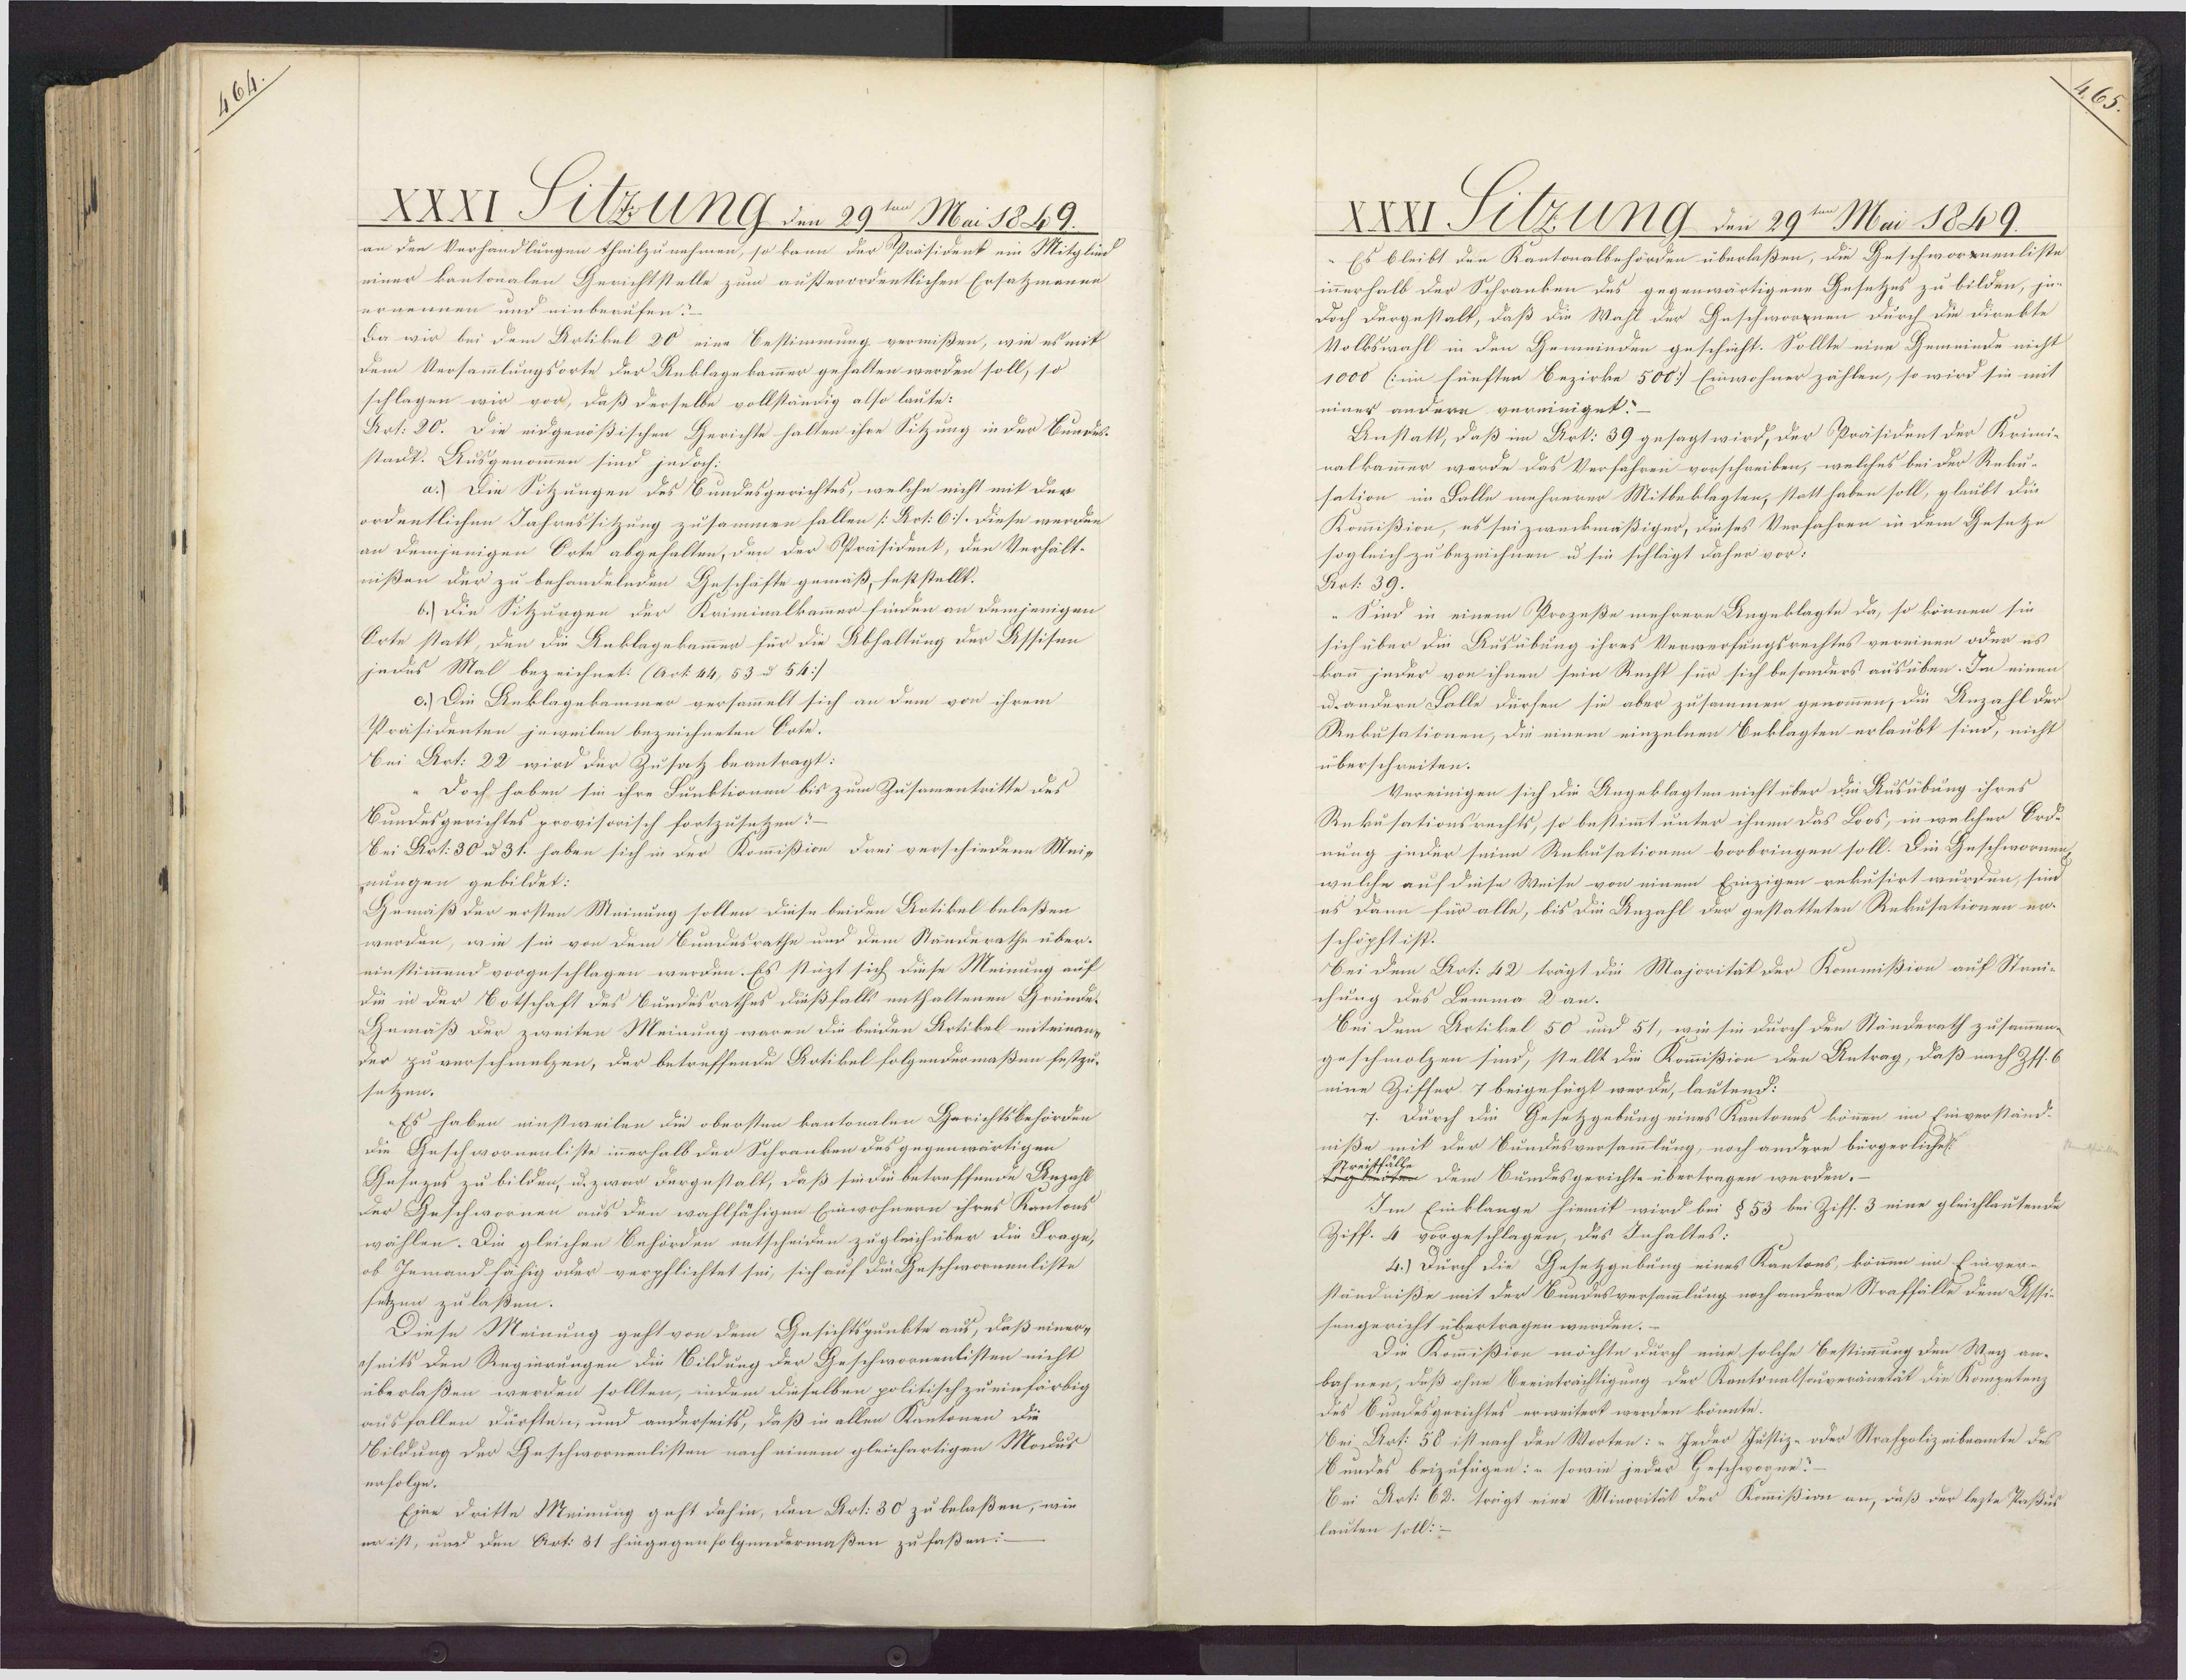
XXXI Silzung den 29ten Mai 1859.
an den Verhandlungen theilzunehmen, so kann der Präsidenk ein Mitglied
einer kantonalen Gerichtstelle zum außerordentlichen Ersatzmanne
ernennen und einberufen:
Da wir bei dem Artikel 20 eine Bestimmung verwißen, wie es mit
Dem Versammlungsorte der Anklagekammer gehalten werden soll, so
schlagen wir vor, daß derselbe vollständig also laute:
Art. 20. Die eidgenößischen Gerichte halten ihre Sitzung in der Bundes¬
stadt. Ausgenommen sind jedoch-
a.) Die Sitzungen des Bundesgerichtes, welche nicht mit der
ordentlichen Jahressitzung zusammen fallen [:Aot: 6:/. Diese werden
an demjenigen Orte abgehalten, den der Präsident, den Verhält¬
nißen der zu behandelnden Geschäfte gemäß, feststellt.
b.) Die Sitzungen der Kriminalkammer finden an demjenigen
Orte statt, den die Anklagekammer für die Abhaltung der Assisen
jedes Mal bezeichnet: (Art. 44, 53 u 54:/
c.) Die Anklagekammer versammelt sich an dem von ihrem
Präsidenten jeweilen bezeichneten Sote.
Bei Art: 22 wird der Zusatz beantragt:
Doch haben sie ihre Funktionen bis zum Zusamentritte dus
Bundesgerichtes provisorisch fortzusetzen:
Bei Art. 30 u 31. haben sich in der Kommißion drei verschiedene Meis
nungen gebildet:
Gemäß der ersten Meinung sollen diese beiden Artikel belaßen
werden, wie sie von dem Bundesrathe und dem Standerathe über¬
einstimmend vorgeschlagen werden. Es stüzt sich diese Meinung auf
Die in der Botschaft des Bundesrathes dießfalls enthaltenen Gründe¬
Gemäß der zweiten Meinung waren die beiden Artikel miteinan
der zuverschmelzen, der betreffende Rotikel folgendermaßen festzu¬
setzen.
Es haben einstweilen die obersten kantonalen Gerichtsbehörden
Die Geschwornenliste innerhalb der Schranken des gegenwärtigen
Gesazes zu bilden, u. zwar dargestalt, daß sie die betreffende Anzahl
der Geschwornen aus den wahlfähigen Einwohnern ihres Kantons
wählen. Die gleichen Behörden entscheiden zugleichüber die Frage,
ob Jnmand fähig oder verpflichtet sei, sich auf die Geschwornenliste
setzen zu laßen.
Diese Meinung geht von dem Gesichtspunkte aus, daß einer-
sseits den Regierungen die Bildung der Geschwornenlisten nicht
überlaßen werden sollten, indem dieselben politisch zueinfärbig
ausfallen dürften, und anderseits, daß in allen Kantonen die
Bildung der Geschwornenlisten nach einem gleichartigen Modus
erfolge.
Eine dritte Meinung geht dahin, den Art. 30 zu belaßen, wie
er ist, und den Art: 81 hingegenfolgendermaßen zu faßen:

XXXI Silzung den 29ten Mai 1849.
"Es bleibt den Kantonalbehörden überlaßen, die Geschworenenliste
innerhalb der Schranken des gegenwärtigene Gesetzes zu bilden, je¬
Doch dergestalt, daß die Wahl der Geschworznen durch die direkte
Volkswahl in den Gemeinden geschieht. Sollte eine Gemeinde nicht
1000 (im fünften Bezirke 500) Einwohner zählen, so wird sie mit
einer andern vereiniget:
Anstatt, daß im Art: 39 gesagt wird, der Präsident der Krimi¬
nalkammer werde das Verfahren vorschreiben, welches bei der Reku-
sation im Falle mehrerer Mitbeklagten, statt haben soll, glaubt die
Kommißion, es sei zweckmäßiger, dieses Verfahren in dem Gesetze
sogleich zu bezeichnen u sie schlägt daher vor:
Aot: 39.
-Sind in einem Prozeße mehrere Angeklagte da, so können sie
sich über die Ausübung ihres Verwerfungsrechtes vereinen oder es
kann jeder von ihnen sein Recht für sich besonders ausüben. Im einen
u. andern Falle dürfen sie aber zusammen genommen, die Anzahl der
Rekusationen, die einem einzelnen Beklagten erlaubt sind, nicht
überschreiten.
Vereinigen sich die Angeklagten nicht über die Ausübung ihres
Rekusationsrechts, so bestimmt unter ihnen das Loos, in welcher Ord¬
nung jeder seine Rekusationen vorbringen soll. Die Geschwornung
welche auf diese Weise von einem Einzigen rekusirt wurden, sind
es dann für alle, bis die Anzahl der gestatteten Rekusationen er¬
schöpft ist.
Bei dem Art: 42 trägt die Majorität der Kommißion auf Steni-
chung des Lemma 2 an.
Bei dem Artikel 50 und 51, wie sie durch den Ständerath zusammen.
geschmolzen sind, stellt die Kommißion den Antrag, daß nach Zff. 6
eine Ziffer 7 beigefügt werde, lautend:
7. Durch die Gesetzgebung eines Kantones können im Einverständ-
niße mit der Sundesversammlung, noch andere bürgerlichel:
n dem Bundesgerichte übertragen werden.
Im Einklange hiemit wird bei §53 bei Ziff. 3 eine gleichlautende
Ziff. 4 vorgeschlagen, das Inhaltes:
4.) Durch die Gesetzgebung eines Kantons, könen im Einver-
ständniße mit der Bundesversammlung noch andere Straffälle dem Assi-
sengericht übertragen werden.
Die Kommißion möchte durch eine solche Bestimmung den Weg an-
bahnen, daß ohne Beeinträchtigung der Kontonalsouveranetät die Kompetenz
des Bundesgerichtes erweitert werden könnte.
Bei Art: 58 ist nach den Worten: „Jeder Justiz- oder Strafpolizeibeamte des
Bundes beizufügen: „sowie jeder Geschworne?
Bei Art: 62. trägt eine Minorität der Kommißion an, daß der lezte Paßus
lauten soll:-

2

Nethet